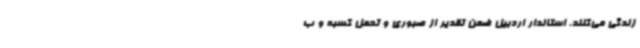
زندگی می‌کنند. استاندار اردبیل ضمن تقدیر از صبوری و تحمل کسبه و ب